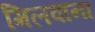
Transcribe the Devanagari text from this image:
मिलवाना